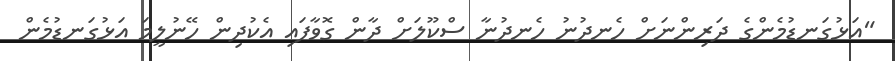
"އަޅުގަނޑުމެންގެ ދަރިންނަށް ހެނދުނު ހެނދުނާ ސްކޫލަށް ދާން ގޮވާފައި އެކުދިން ހޭނުލީމަ އަޅުގަނޑުމެން